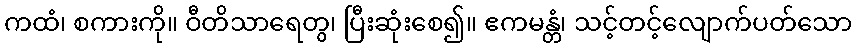
ကထံ၊ စကားကို။ ဝီတိသာရေတွ၊ ပြီးဆုံးစေ၍။ ဧကမန္တံ၊ သင့်တင့်လျောက်ပတ်သော